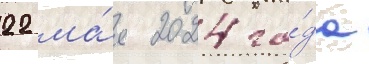
22 ма́я 2024 го́да